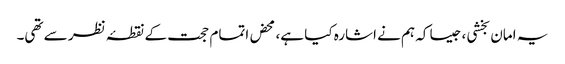
یہ امان بخشی، جیسا کہ ہم نے اشارہ کیا ہے، محض اتمام حجت کے نقطۂ نظر سے تھی۔